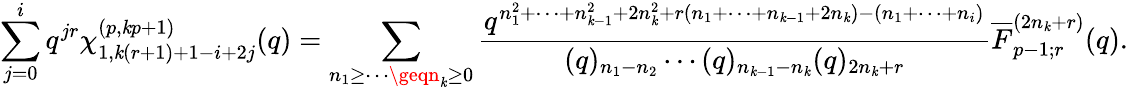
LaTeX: \sum_{j=0}^{i}q^{jr}\chi_{1,\mathit{k}(r+1)+1-i+2j}^{(p,\mathit{k}p+1)}(q)=\displaystyle\sum_{n_{1}\geq\cdots\geqn_{\mathit{k}}\geq0}\frac{{q^{n_{1}^{2}+\cdots+n_{\mathit{k}-1}^{2}+2n_{\mathit{k}}^{2}+r(n_{1}+\cdots+n_{\mathit{k}-1}+2n_{\mathit{k}})-(n_{1}+\cdots+n_{i})}}}{{(q)_{n_{1}-n_{2}}\cdots(q)_{n_{\mathit{k}-1}-n_{\mathit{k}}}(q)_{2n_{\mathit{k}}+r}}}\overline{{{{F}}}}_{p-1;r}^{(2n_{\mathit{k}}+r)}(q).